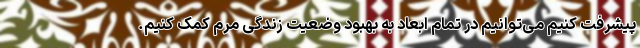
پیشرفت کنیم می‌توانیم در تمام ابعاد به بهبود وضعیت زندگی مرم کمک کنیم.